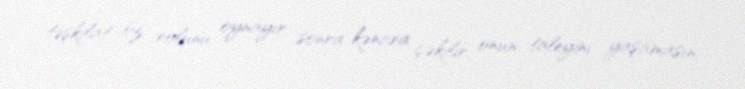
təşkilat öz rolunu oynayır, sonra kənara çəkilir, onun taleyini yaşamasın,